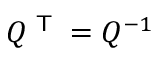
Q ^ { \textsf { T } } = Q ^ { - 1 }